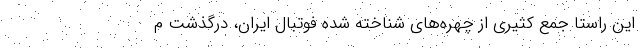
این راستا جمع کثیری از چهره‌های شناخته شده فوتبال ایران، درگذشت م